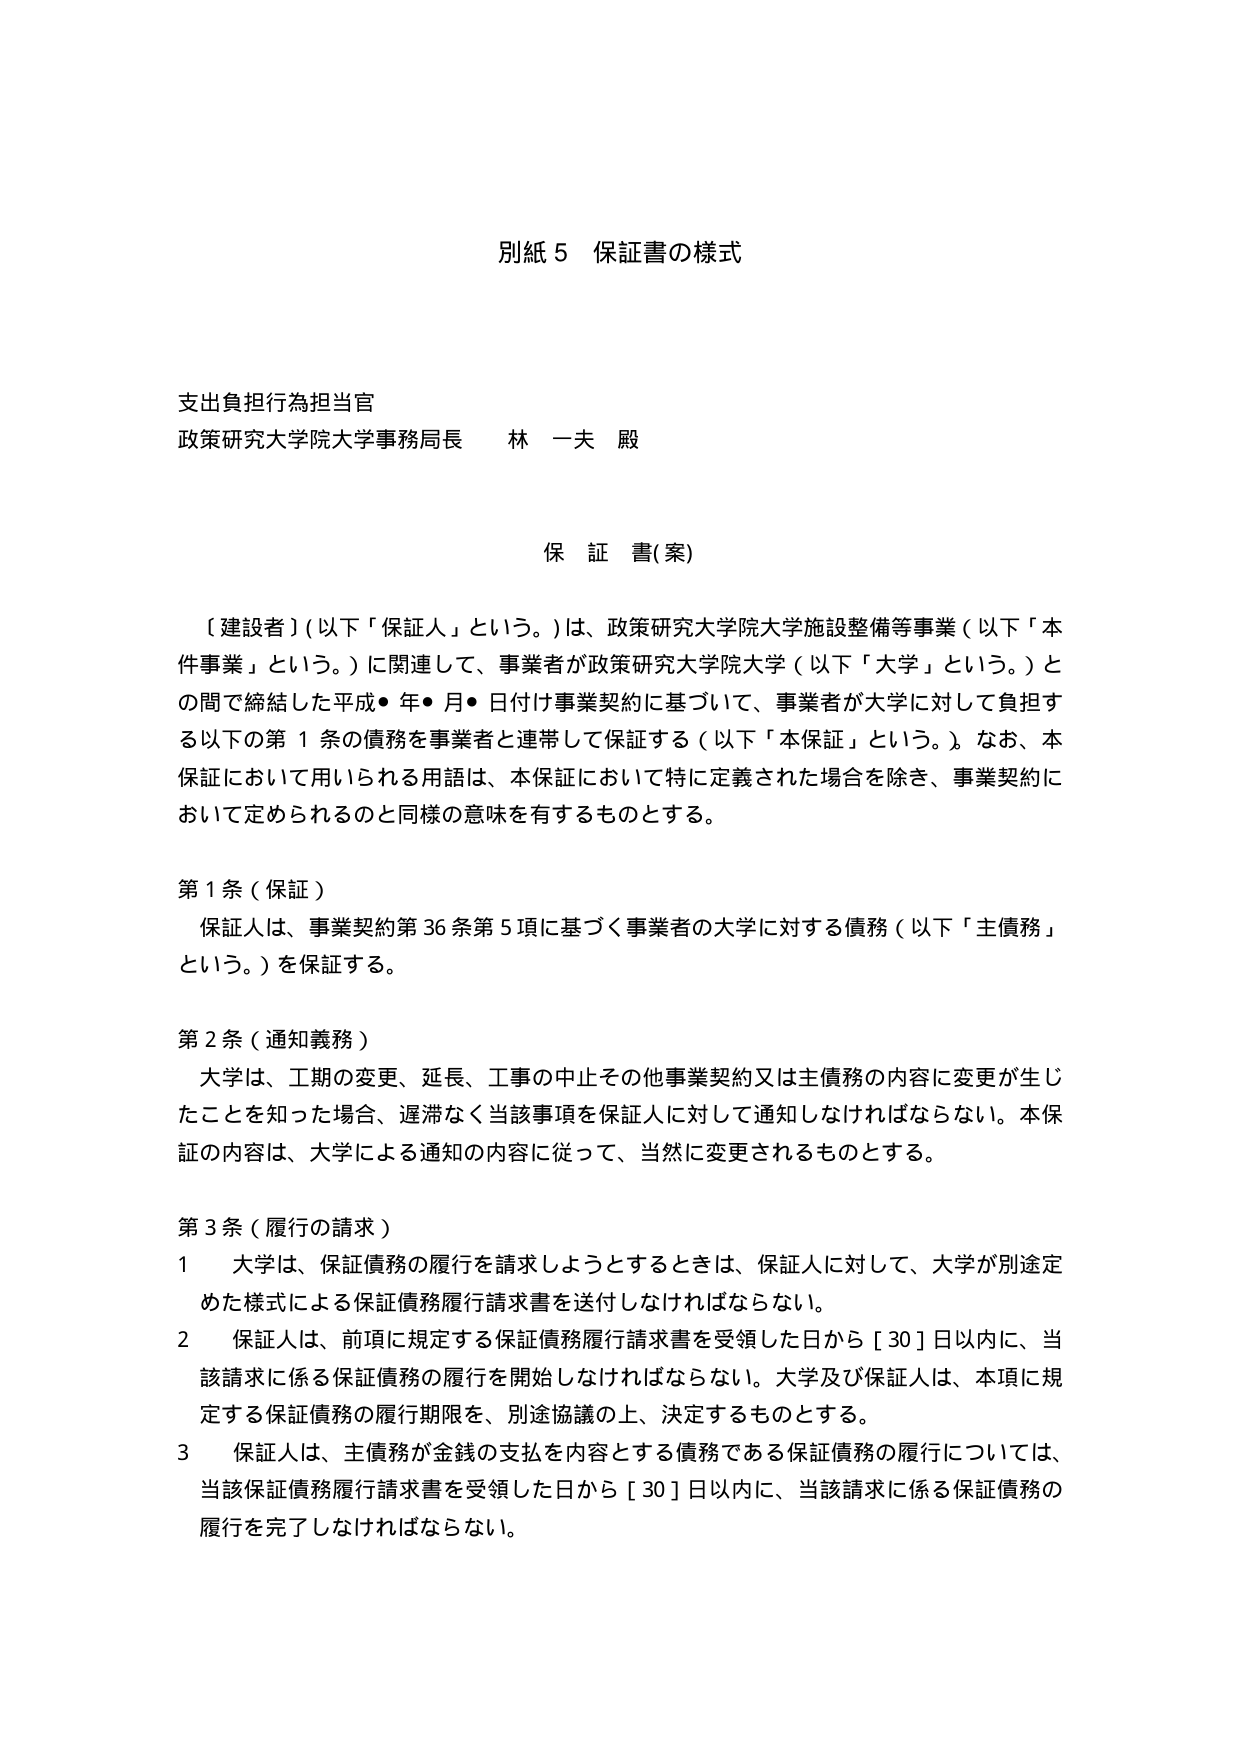
別紙５ 保証書の様式

支出負担行為担当官
政策研究大学院大学事務局長 林 一夫 殿

保 証 書（案）

〔建設者〕（以下「保証人」という。）は、政策研究大学院大学施設整備等事業（以下「本件事業」という。）に関連して、事業者が政策研究大学院大学（以下「大学」という。）との間で締結した平成●年●月●日付け事業契約に基づいて、事業者が大学に対して負担する以下の第１条の債務を事業者と連帯して保証する（以下「本保証」という。）。なお、本保証において用いられる用語は、本保証において特に定義された場合を除き、事業契約において定められるのと同様の意味を有するものとする。

第１条（保証）
保証人は、事業契約第36条第5項に基づく事業者の大学に対する債務（以下「主債務」という。）を保証する。

第２条（通知義務）
大学は、工期の変更、延長、工事の中止その他事業契約又は主債務の内容に変更が生じたことを知った場合、遅滞なく当該事項を保証人に対して通知しなければならない。本保証の内容は、大学による通知の内容に従って、当然に変更されるものとする。

第３条（履行の請求）
１ 大学は、保証債務の履行を請求しようとするときは、保証人に対して、大学が別途定めた様式による保証債務履行請求書を送付しなければならない。
２ 保証人は、前項に規定する保証債務履行請求書を受領した日から［30］日以内に、当該請求に係る保証債務の履行を開始しなければならない。大学及び保証人は、本項に規定する保証債務の履行期限を、別途協議の上、決定するものとする。
３ 保証人は、主債務が金銭の支払を内容とする債務である保証債務の履行については、当該保証債務履行請求書を受領した日から［30］日以内に、当該請求に係る保証債務の履行を完了しなければならない。